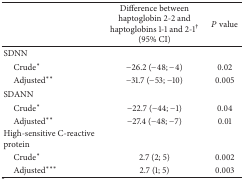
<table><thead><tr><td><b> </b></td><td><b>Difference between haptoglobin 2-2 and haptoglobins 1-1 and 2-1<sup>†</sup> (95% CI)</b></td><td><b><i>P</i> value</b></td></tr></thead><tbody><tr><td>SDNN</td><td> </td><td> </td></tr><tr><td> Crude*</td><td>−26.2 (−48; −4)</td><td>0.02</td></tr><tr><td> Adjusted**</td><td>−31.7 (−53; −10)</td><td>0.005</td></tr><tr><td>SDANN</td><td> </td><td> </td></tr><tr><td> Crude*</td><td>−22.7 (−44; −1)</td><td>0.04</td></tr><tr><td> Adjusted**</td><td>−27.4 (−48; −7)</td><td>0.01</td></tr><tr><td>High-sensitive C-reactive protein</td><td> </td><td> </td></tr><tr><td> Crude*</td><td>2.7 (2; 5)</td><td>0.002</td></tr><tr><td> Adjusted***</td><td>2.7 (1; 5)</td><td>0.003</td></tr></tbody></table>